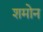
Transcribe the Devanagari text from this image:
शमोन